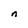
Character: n